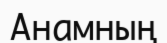
Анамның